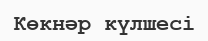
Көкнәр күлшесі